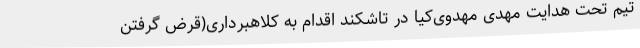
تیم تحت هدایت مهدی مهدوی‌کیا در تاشکند اقدام به کلاهبرداری(قرض گرفتن